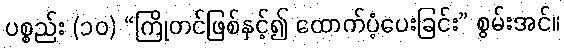
ပစ္စည်း (၁၀) “ကြိုတင်ဖြစ်နှင့်၍ ထောက်ပံ့ပေးခြင်း” စွမ်းအင်။